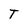
Character: T